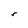
Character: r